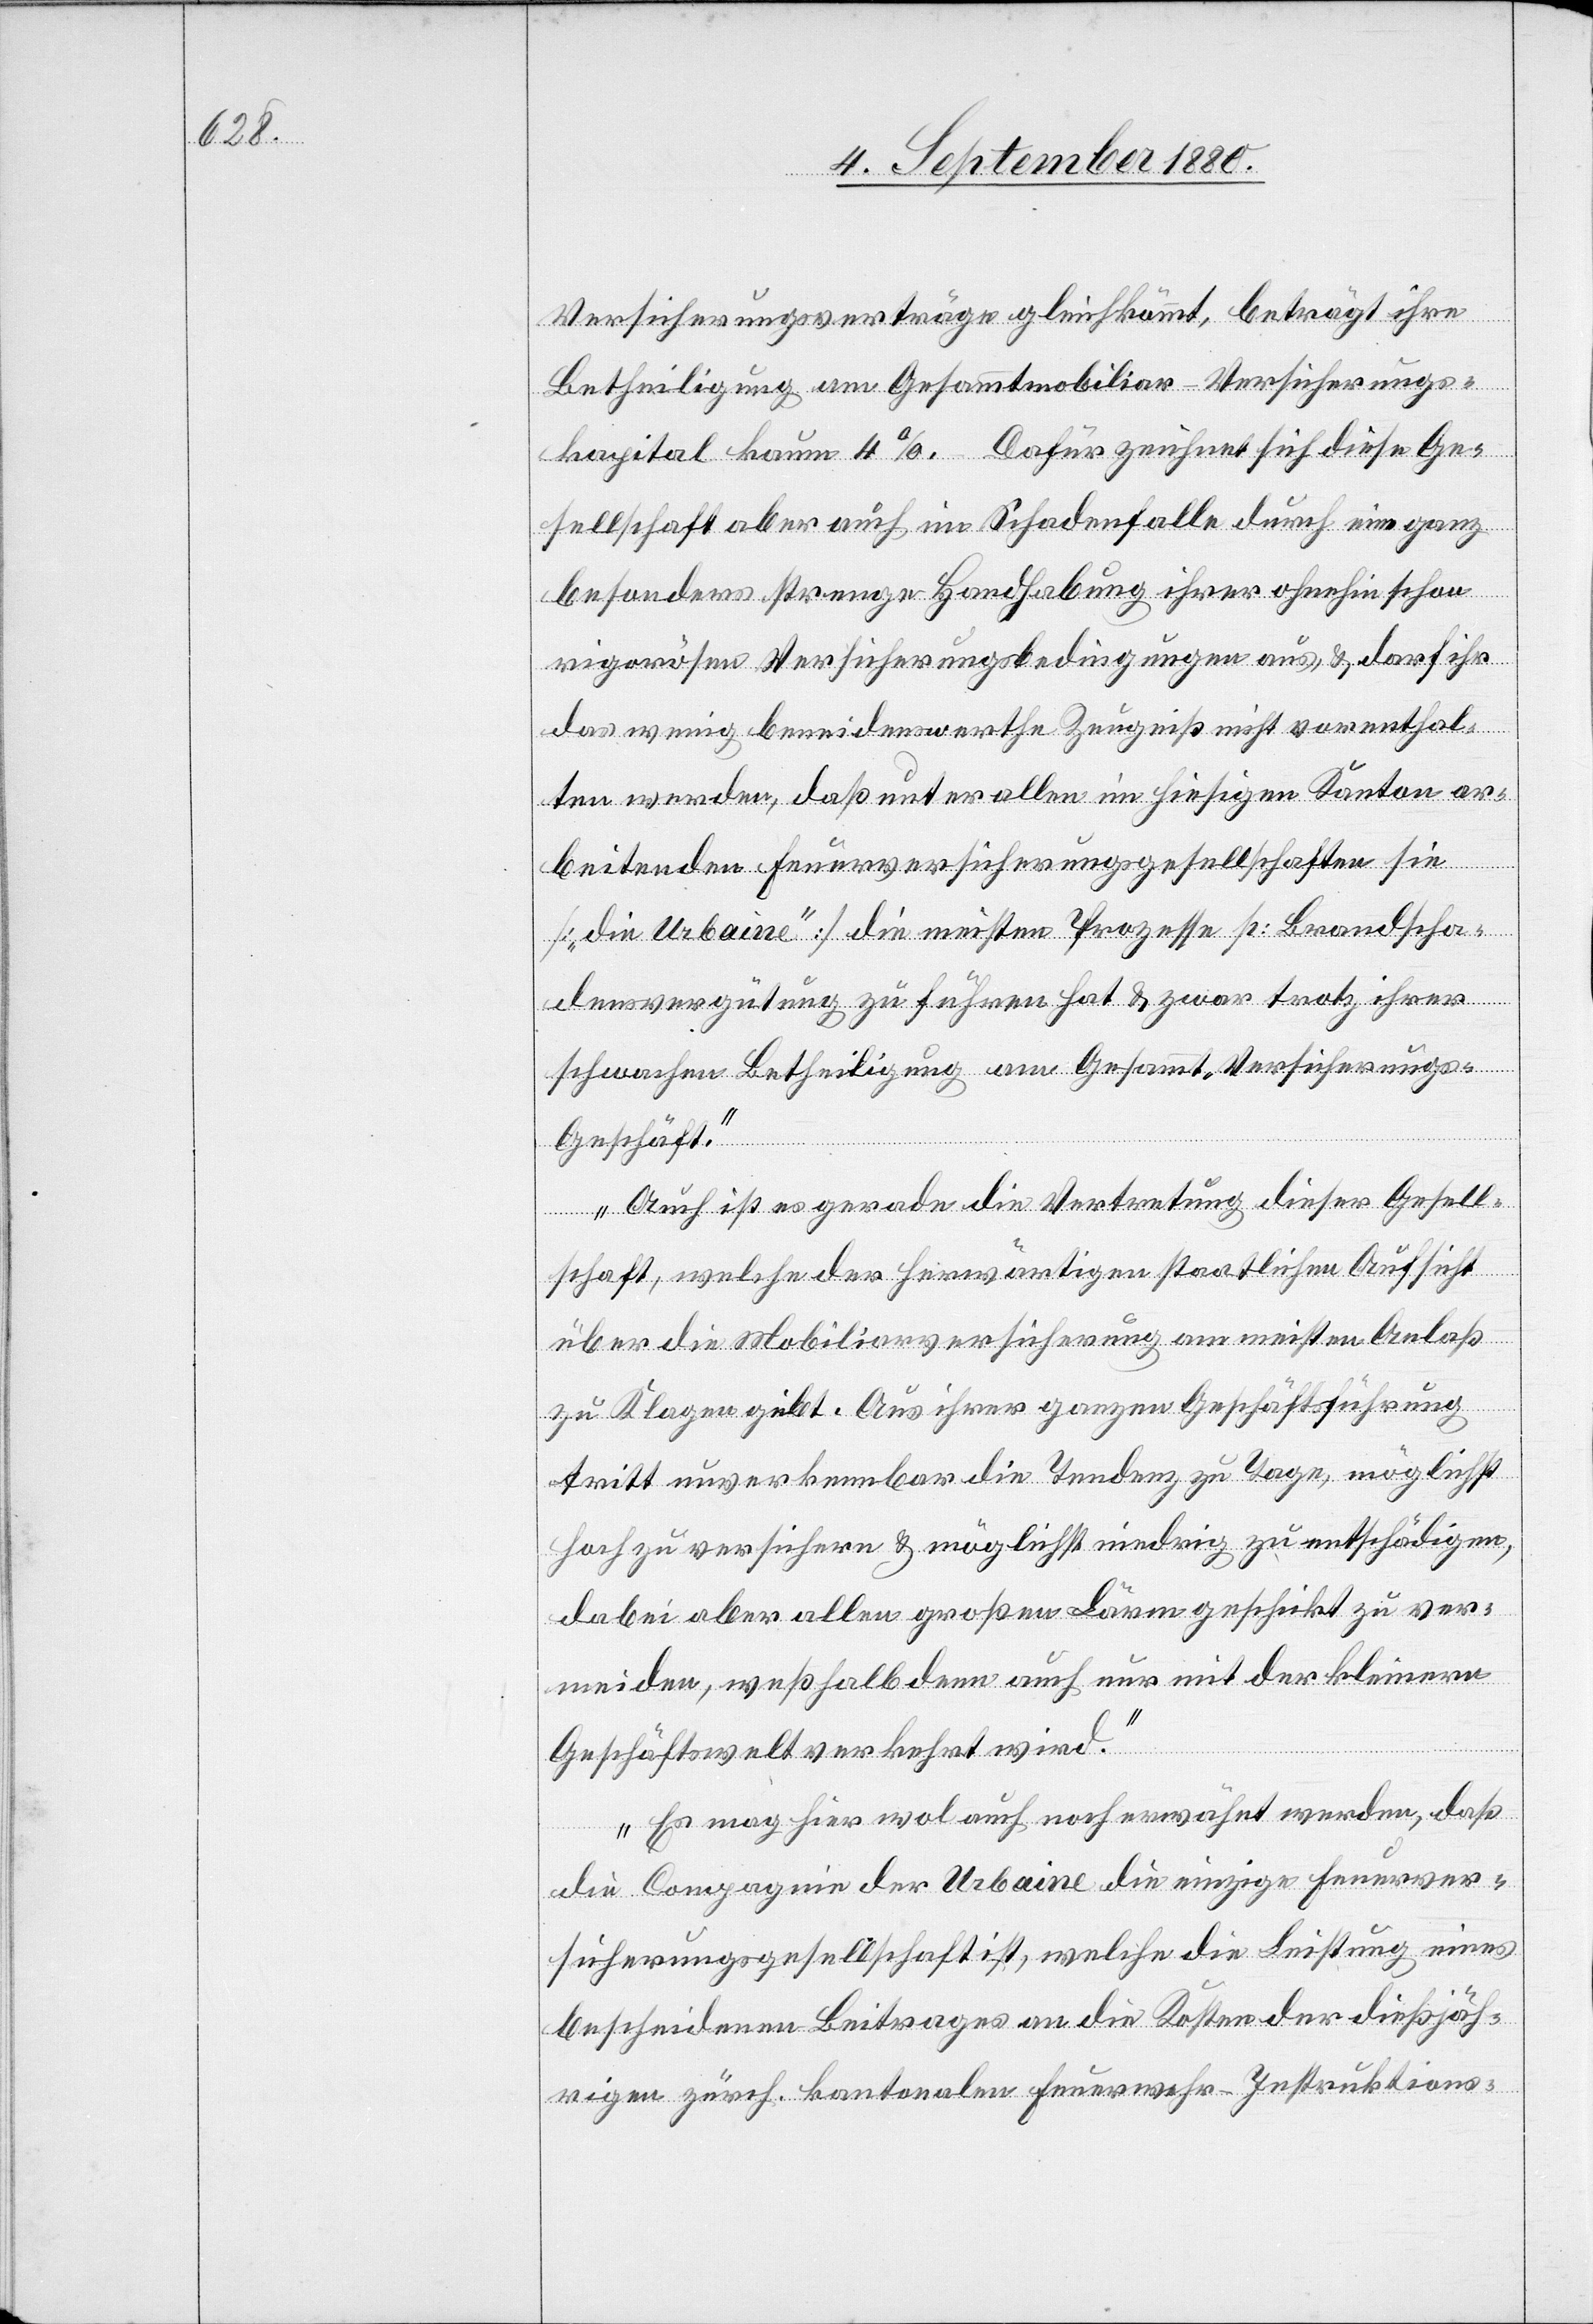
Versicherungsverträge gleichkommt, beträgt ihre
Betheiligung am Gesammtmobiliar-Versicherungs¬
kapital kaum 4 %. Dafür zeichnet sich diese Ge¬
sellschaft aber auch im Schadenfalle durch eine ganz
besonders strenge Handhabung ihrer ohnehin schon
rigorosen Versicherungsbedingungen aus & darf ihr
das wenig beneidenswerthe Zeugniß nicht vorenthal¬
ten werden, daß unter allen im hiesigen Kanton ar¬
beitenden Feuerversicherungsgesellschaften sie
[„die Urbaine“] die meisten Prozesse p: Brandscha¬
densvergütung zu führen hat & zwar trotz ihrer
schwachen Betheiligung am Gesammt-Versicherung¬
s-Geschäft.
Auch ist es gerade die Vertretung dieser Gesell¬
schaft, welche der hierwärtigen staatlichen Aufsicht
über die Mobiliarversicherung am meisten Anlaß
zu Klagen gibt. Aus ihrer ganzen Geschäftsführung
tritt unverkennbar die Tendenz zu Tage, möglichst
hoch zu versichern & möglichst niedrig zu entschädigen,
dabei aber allen großen Lärm geschickt zu ver¬
meiden, weßhalb auch nur mit der kleinern
Geschäftswelt verkehrt wird.
Es mag hier wol auch noch erwähnt werden, daß
die Compagnie der Urbain die einzige Feuerver¬
sicherungsgesellschaft ist, welchen die Leistung eines
bescheidenen Beitrages an die Kosten der dießjäh¬
rigen zürch. kantonalen Feuerwehr-Instruktions-